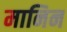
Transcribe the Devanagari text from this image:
मानिन